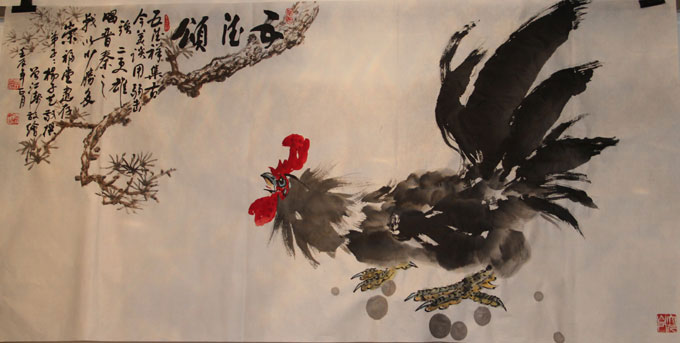
治则衍及百姓，乱则不足及王公。